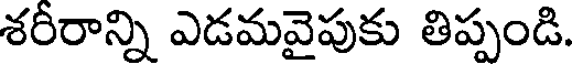
శరీరాన్ని ఎడమవైపుకు తిప్పండి.